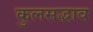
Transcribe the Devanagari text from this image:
कुलसद्भाव